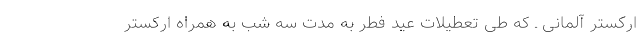
ارکستر آلمانی ـ که طی تعطیلات عید فطر به مدت سه شب به همراه ارکستر